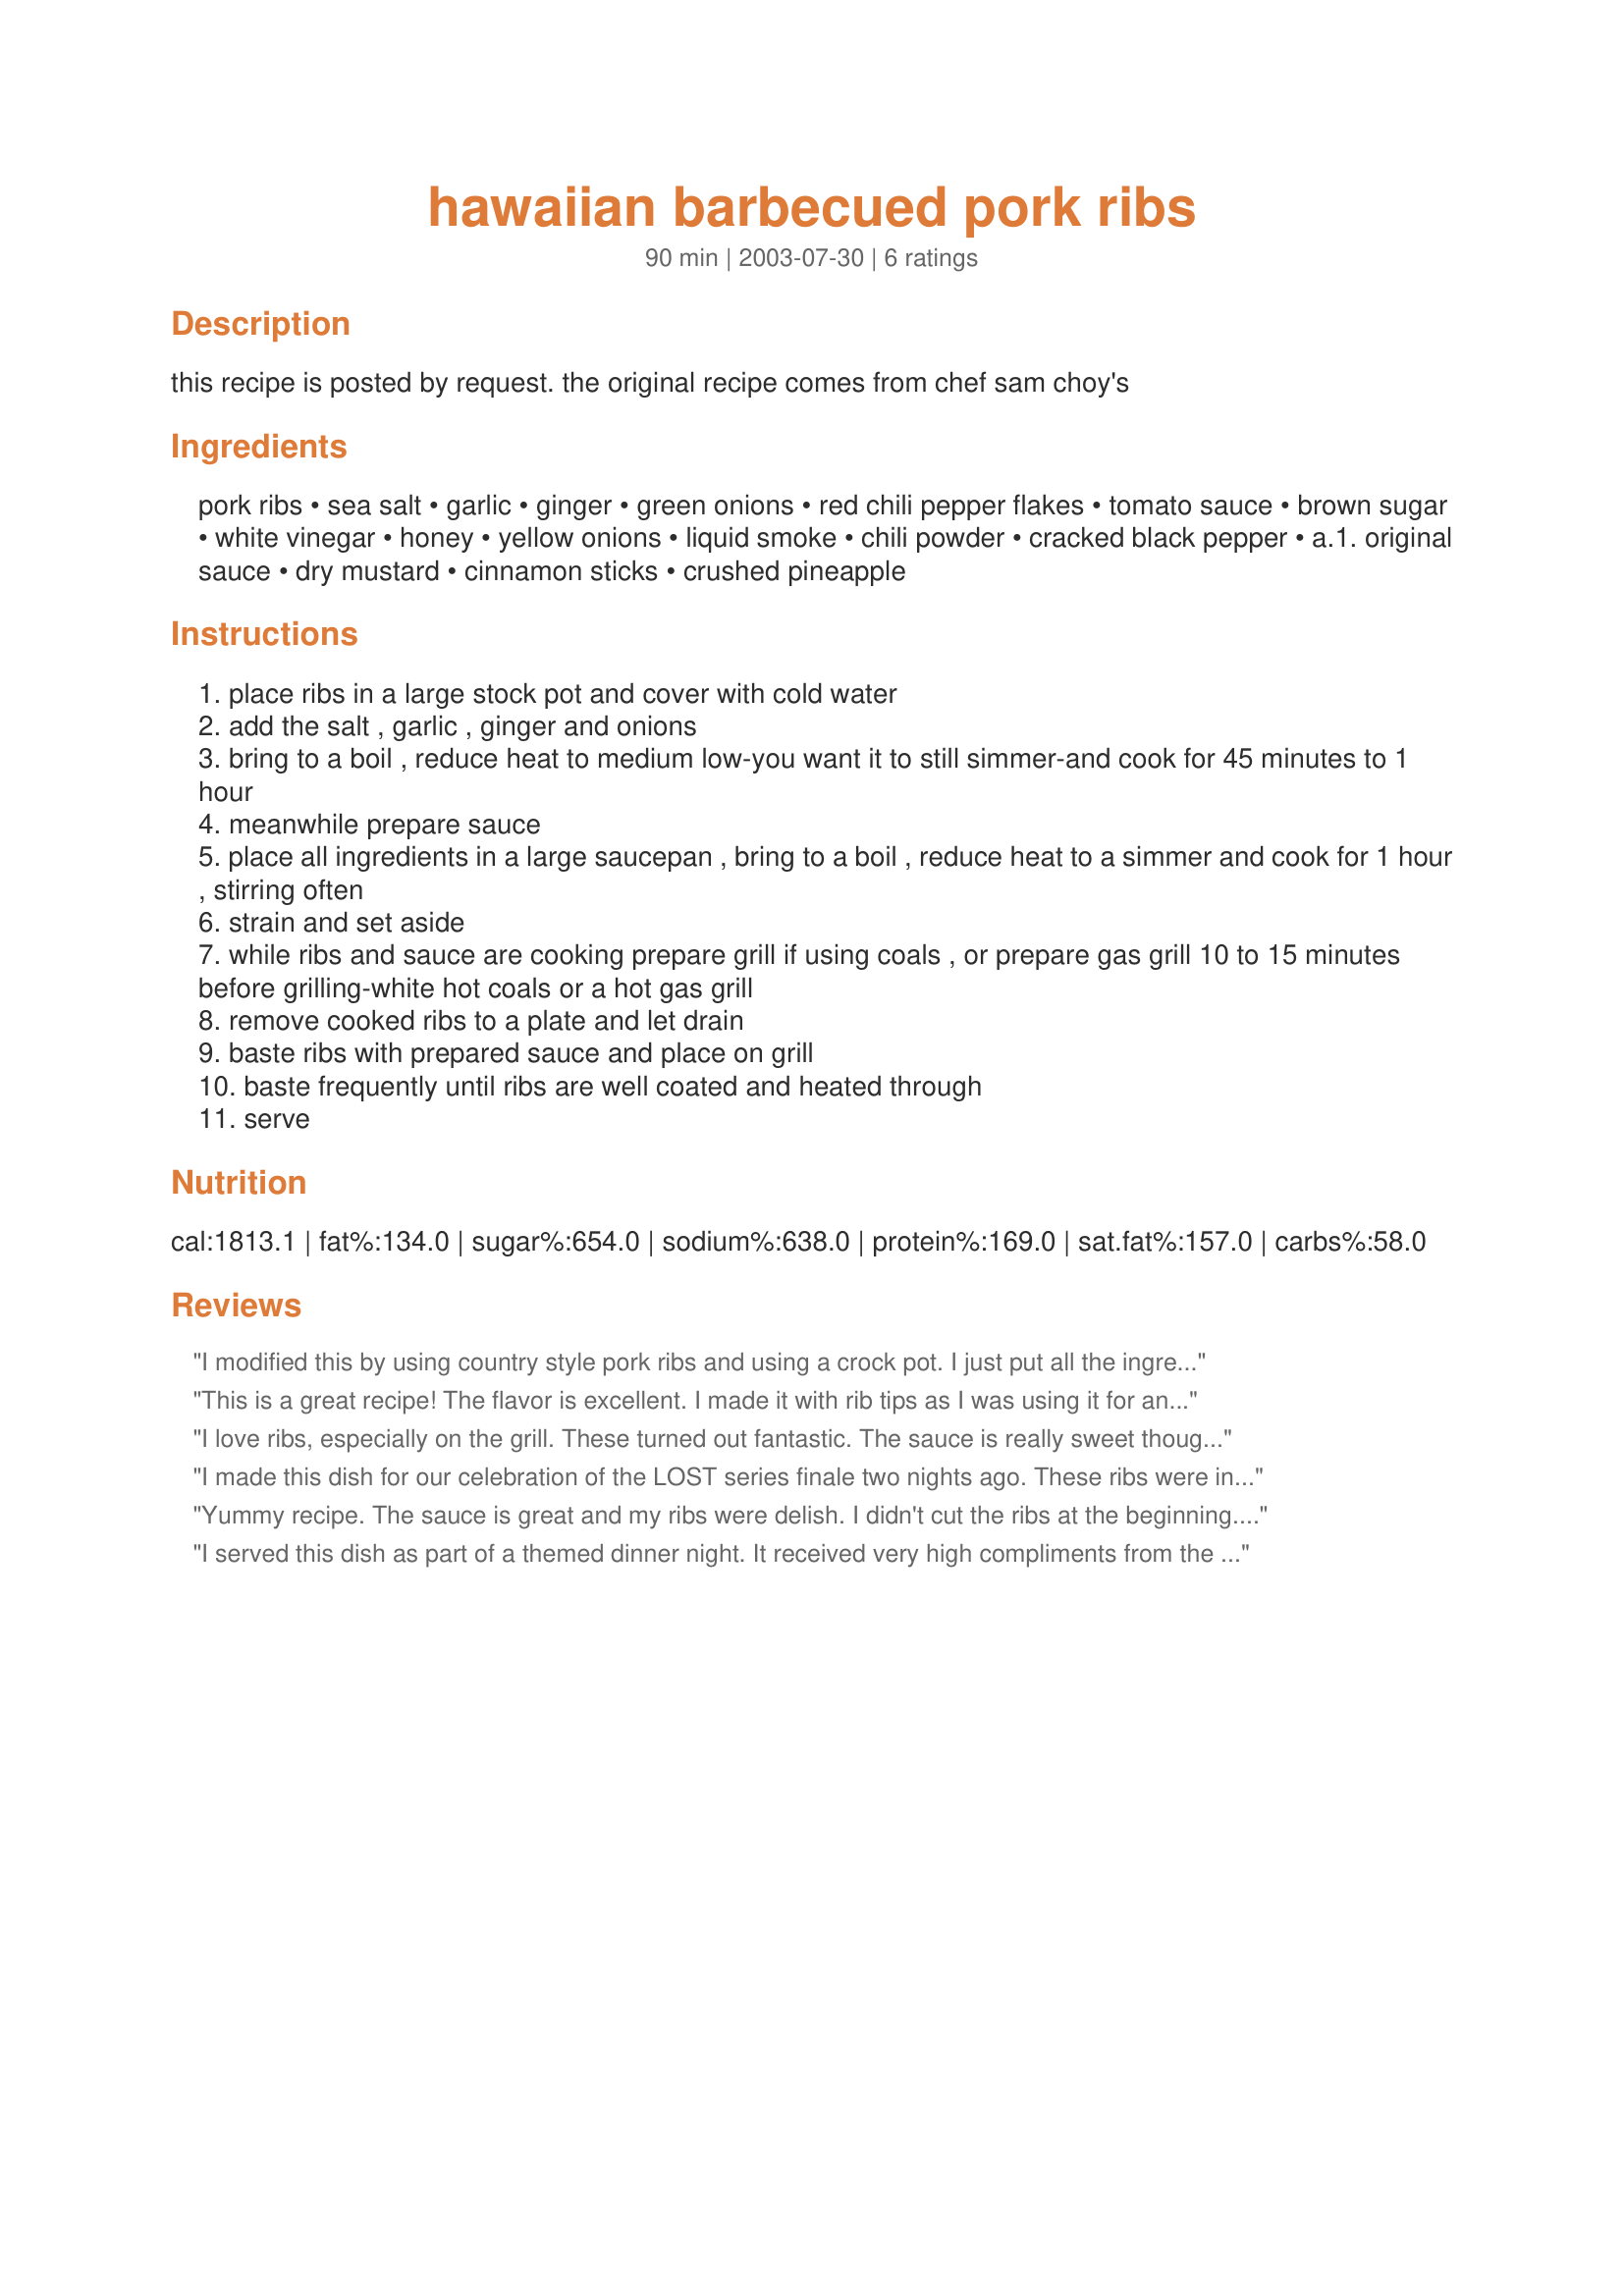
hawaiian barbecued pork ribs
Preparation time: 90 minutes

this recipe is posted by request. the original recipe comes from chef sam choy's

Ingredients:
pork ribs, sea salt, garlic, ginger, green onions, red chili pepper flakes, tomato sauce, brown sugar, white vinegar, honey, yellow onions, liquid smoke, chili powder, cracked black pepper, a.1. original sauce, dry mustard, cinnamon sticks, crushed pineapple

Steps:
place ribs in a large stock pot and cover with cold water
add the salt , garlic , ginger and onions
bring to a boil , reduce heat to medium low-you want it to still simmer-and cook for 45 minutes to 1 hour
meanwhile prepare sauce
place all ingredients in a large saucepan , bring to a boil , reduce heat to a simmer and cook for 1 hour , stirring often
strain and set aside
while ribs and sauce are cooking prepare grill if using coals , or prepare gas grill 10 to 15 minutes before grilling-white hot coals or a hot gas grill
remove cooked ribs to a plate and let drain
baste ribs with prepared sauce and place on grill
baste frequently until ribs are well coated and heated through
serve

Reviews:
I modified this by using country style pork ribs and using a crock pot. I just put all the ingredients into a blender and then put it over the ribs in the crockpot. Oh so good! I cooked them for 8 hours. I did remove a lot of the liquid at about 6 hours. Maybe next time I will put half the sauce in and add the second half towards the end. Did I say this was sooo yummy????
This is a great recipe! The flavor is excellent. I made it with rib tips as I was using it for an appetizer. I compete in BBQ competitions and would never boil a rib, but this worked perfectly for the rib tips--especially since the boiling water is seasoned. The sauce has a lot of components but it comes together beautifully giving the sauce multiple layers of flavor. I was unable to grill them off, so I basted them in an oven set to 450&deg; for about 15 minutes. I basted both sides and let them cook a few minutes and repeated until I got a nice coating of sauce on the tips. When I was done, I cut the tips into manageable sections and then tossed the in more sauce, much like you would do with chicken wings. They were really a hit!
I love ribs, especially on the grill. These turned out fantastic. The sauce is really sweet though, so be prepared!
I made this dish for our celebration of the LOST series finale two nights ago. These ribs were incredible! There are a lot of ingredients but it was so worth it! And I have tonnes of sauce left over (I know what's going on my next pork chop and/or chicken breast!!) It seemed like a great deal of salt, but the ribs were wonderfully tender and tasty. I used pecan wood liquid smoke, ancho chili powder (I added a pinch of cumin because I wasn't sure if it was supposed to be "mexican-style chili powder" or powdered chili pepper), half white and half apple cider vinegar, and I strained the sauce through a plastic colander with a medium size mesh. Thanks for such a wonderful recipe!
Yummy recipe. The sauce is great and my ribs were delish. I didn't cut the ribs at the beginning........totally spaced out on that. lol. Thanks for sharing this nice keeper. Made for Susie's World Tour.
I served this dish as part of a themed dinner night. It received very high compliments from the people who ate it. One said a few days later that the sauce was even better reheated! I did add more garlic, which is a normal for me. Instead of white vinegar, I used balsamic. Also, instead of straining the sauce, I tossed it into a food processor and pureed it. Thank you for the recipe. I look forward to serving this many times.
